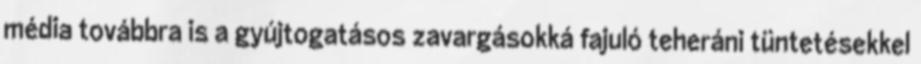
média továbbra is a gyújtogatásos zavargásokká fajuló teheráni tüntetésekkel